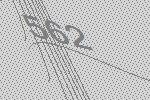
562